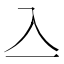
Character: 𠓛